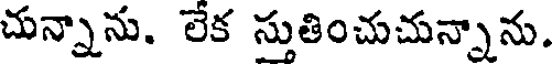
చున్నాను. లేక స్తుతించుచున్నాను.